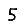
Digit: 5